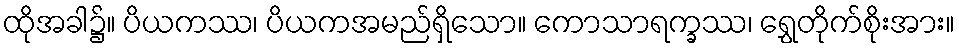
ထိုအခါ၌။ ပိယကဿ၊ ပိယကအမည်ရှိသော။ ကောသာရက္ခဿ၊ ရွှေတိုက်စိုးအား။